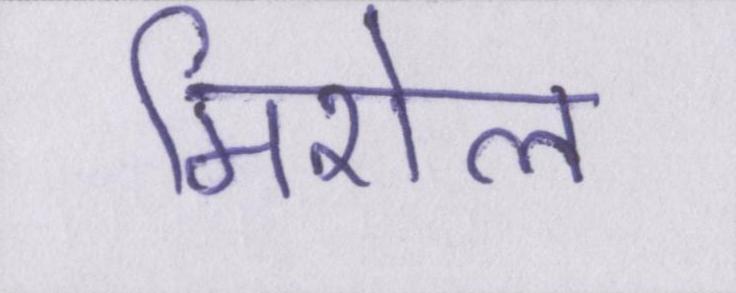
मिशेल